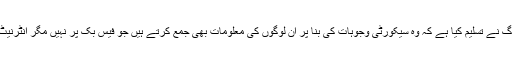
مارک زکربرگ نے تسلیم کیا ہے کہ وہ سیکورٹی وجوہات کی بنا پر ان لوگوں کی معلومات بھی جمع کرتے ہیں جو فیس بک پر نہیں مگر انٹرنیٹ پر جاتی ہیں۔